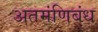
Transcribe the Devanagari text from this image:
अतमंणिबंध